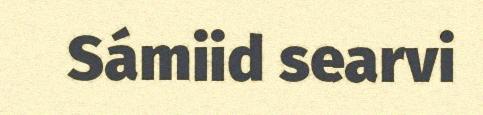
Sámiid searvi